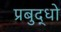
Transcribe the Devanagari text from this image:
प्रबुद्धो